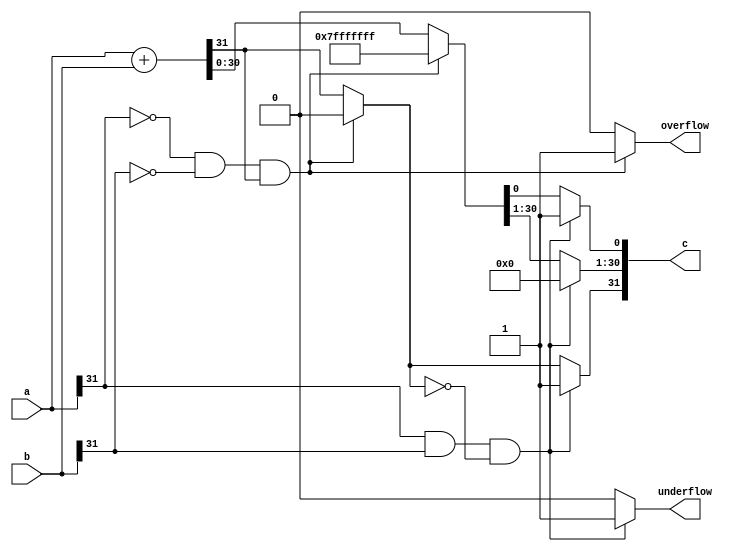
module fixed_adder
(
    // input
    a,
    b,
    // output
    c,
    overflow,
    underflow
);

parameter WL = 32;
parameter IWL = 7;

// ipnut
input wire signed [WL-1:0] a;
input wire signed [WL-1:0] b;

// output
output reg signed [WL-1:0] c;
output reg overflow;
output reg underflow;

// 
//wire [WL-1:0] a_2sc;
//wire [WL-1:0] b_2sc;

/*
always@(a, b)
begin
    if(a[WL-1] == b[WL-1])
        c <= a+b;
    else
    begin
        if(a[WL-1] > b[WL-1])
        begin
            if(a[WL-2] > b[WL-2])
            begin
                c[WL-1] <= 1'b1;
                c[WL-2:0] <= a[WL-2:0] - b[WL-2:0];
            end
            else
            begin
                c[WL-1] <= 1'b0;
                c[WL-2:0] <= b[WL-2:0] - a[WL-2:0];
            end
        end
        else
        begin
            if(a[WL-2] > b[WL-2])
            begin
                c[WL-1] <= 1'b0;
                c[WL-2:0] <= a[WL-2:0] - b[WL-2:0];
            end
            else
            begin
                c[WL-1] <= 1'b1;
                c[WL-2:0] <= b[WL-2:0] - a[WL-2:0];
            end      
        end
    end
end
*/


/*
assign a_2sc = ~a+1'b1;
assign b_2sc = ~b+1'b1;

always@(*)
begin
    if(a[WL-1] == b[WL-1])
        c <= a+b;
    else
    begin
        if( a[WL-1]==1'b1 && b[WL-1]==1'b0 )
        begin
            if( a_2sc > b )
            begin
                c[WL-1] <= 1'b1;
                c[WL-2:0] <= a_2sc[WL-2:0] - b[WL-2:0];
            end
            else
            begin
                c[WL-1] <= 1'b0;
                c[WL-2:0] <= b[WL-2:0] - a_2sc[WL-2:0];
            end
        end
        else
        begin
            if( b_2sc > a )
            begin
                c[WL-1] <= 1'b1;
                c[WL-2:0] <= b_2sc[WL-2:0] - a[WL-2:0];
            end
            else
            begin
                c[WL-1] <= 1'b0;
                c[WL-2:0] <= a[WL-2:0] - b_2sc[WL-2:0];
            end
        end
    end
end
*/

always@(*)
begin
    c = a+b;
    overflow = 1'b0;
    underflow = 1'b0;

    if(a[WL-1]==0 && b[WL-1]==0 && c[WL-1]==1)
    begin
        overflow = 1'b1;

        c[WL-1] = 1'b0;
        c[WL-2:0] = {(WL-1){1'b1}};
    end

    if(a[WL-1]==1 && b[WL-1]==1 && c[WL-1]==0)
    begin
        underflow = 1'b1;
        
        c[WL-1] = 1'b1;
        c[WL-2:1] = {(WL-2){1'b0}};
        c[0] = 1'b1;
    end
end

endmodule